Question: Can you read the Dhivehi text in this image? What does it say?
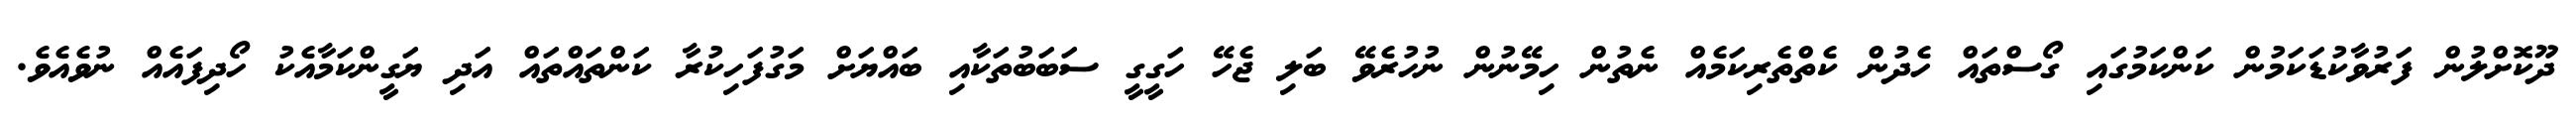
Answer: ދޫކޮށްލުން ފަރުވާކުޑަކަމުން ކަންކަމުގައި ގޯސްތައް ހެދުން ކެތްތެރިކަމެއް ނެތުން ހިމޭނުން ނުހުރެވޭ ބަލި ޖެހޭ ހަގީގީ ސަބަބުތަކާއި ބައްޔަށް މަގުފަހިކުރާ ކަންތައްތައް އަދި ޔަގީންކަމާއެކު ހޯދިފައެއް ނުވެއެވެ.